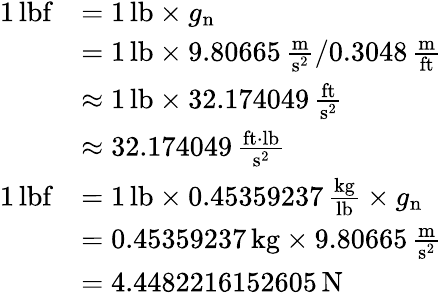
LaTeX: {\begin{array}{rl}{1\, {\mathrm{lbf}}}&{=1\, {\mathrm{lb}}\times g_{\mathrm{n}}}\\ &{=1\, {\mathrm{lb}}\times 9.80665\, {\frac{\mathrm{m}}{{\mathrm{s}}^{2}}}/0.3048\, {\frac{\mathrm{m}}{\mathrm{ft}}}}\\ &{\approx 1\, {\mathrm{lb}}\times 32.174049\, \mathrm{\frac{ft}{s^{2}}}}\\ &{\approx 32.174049\, \mathrm{\frac{ft{\cdot}lb}{s^{2}}}}\\ {1\, {\mathrm{lbf}}}&{=1\, {\mathrm{lb}}\times 0.45359237\, {\frac{\mathrm{kg}}{\mathrm{lb}}}\times g_{\mathrm{n}}}\\ &{=0.45359237\, {\mathrm{kg}}\times 9.80665\, {\frac{\mathrm{m}}{{\mathrm{s}}^{2}}}}\\ &{=4.4482216152605\, {\mathrm{N}}}\end{array}}